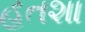
હતશા